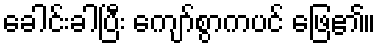
ခေါင်းခါပြီး ကျော်စွာကပင် ဖြေ၏။